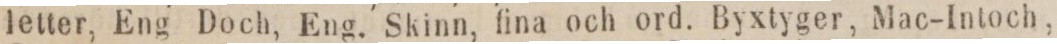
letter, Eng Doch, Eng. Skinn, fina och ord. Byxtyger, Mac-Intoch,